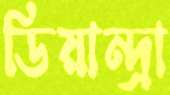
ডিয়ান্দ্রা